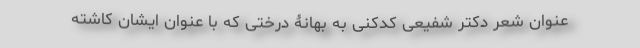
عنوان شعر دکتر شفیعی کدکنی به بهانۀ درختی که با عنوان ایشان کاشته